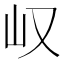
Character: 𫵴